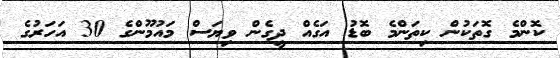
ކޮންމެ ގޮތަކުން ކިތަންމެ ބޮޑު އަގެއް ދީގެން ވިޔަސް މައުމޫންގެ 30 އަހަރުގެ